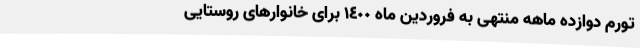
تورم دوازده ماهه منتهی به فروردین ماه ١٤٠٠ برای خانوارهای روستایی